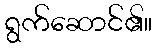
ရွက်ဆောင်၏။